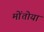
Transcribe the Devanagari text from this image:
मोंतोया